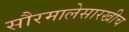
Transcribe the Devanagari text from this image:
सौरमालेसारखीच